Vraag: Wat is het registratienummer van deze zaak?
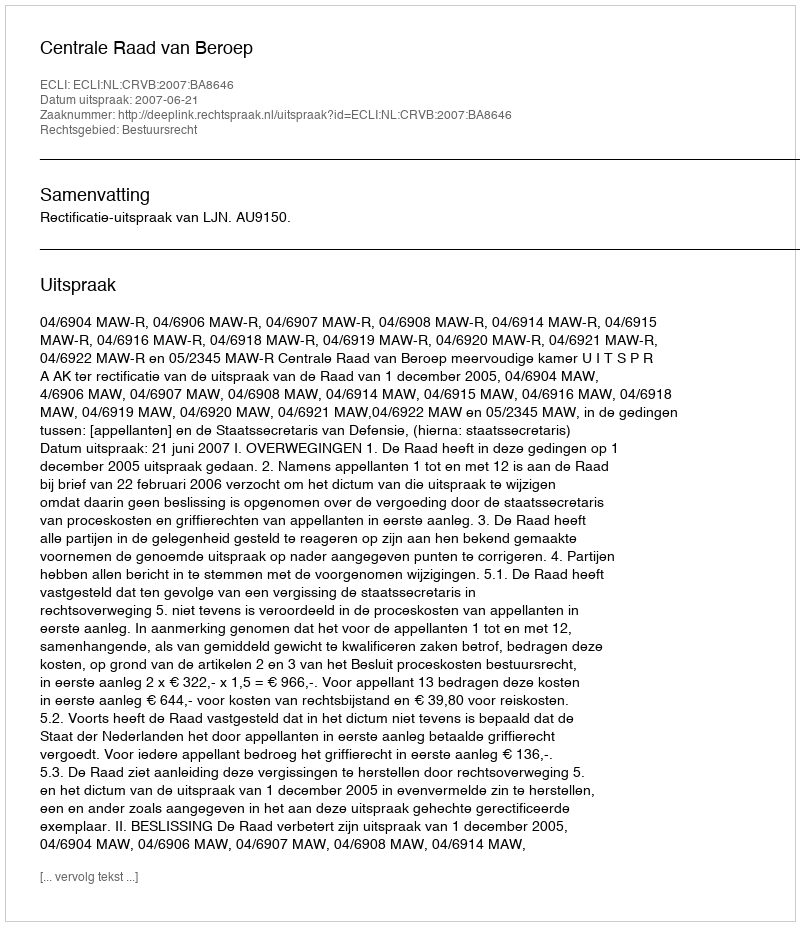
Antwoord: http://deeplink.rechtspraak.nl/uitspraak?id=ECLI:NL:CRVB:2007:BA8646